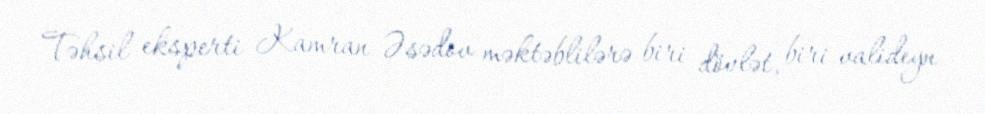
Təhsil eksperti Kamran Əsədov məktəblilərə biri dövlət, biri valideyn